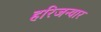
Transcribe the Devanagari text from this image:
हरिजन्वार